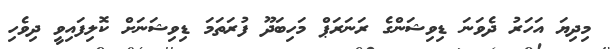
މިދިޔަ އަހަރު ދެވަނަ ޑިވިޝަންގެ ރަނަރަޕް މަހިބަދޫ ފުރަތަމަ ޑިވިޝަނަށް ކޮލިފައިވީ ދިވެހި